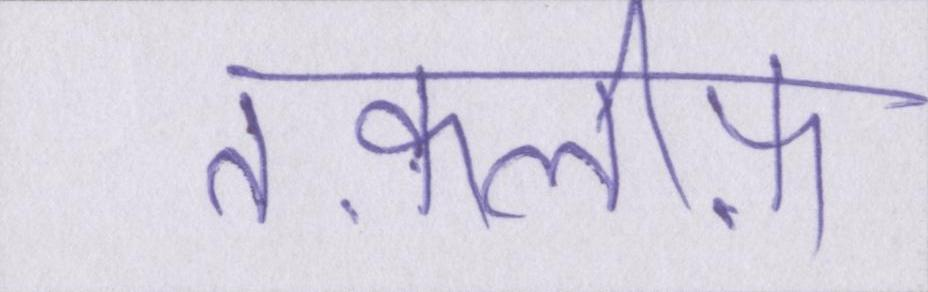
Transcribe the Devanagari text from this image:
तक़लीफ़